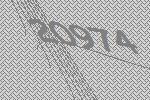
20974